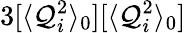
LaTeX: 3[\langle\mathcal{Q}_{i}^{2}\rangle_{0}][\langle\mathcal{Q}_{i}^{2}\rangle_{0}]